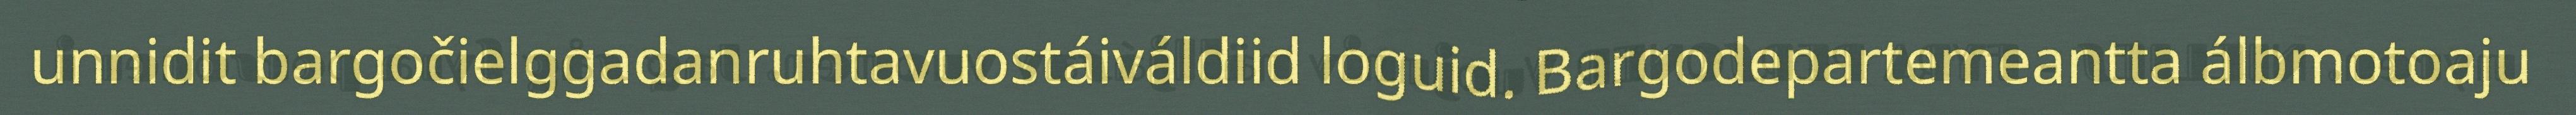
unnidit bargočielggadanruhtavuostáiváldiid loguid. Bargodepartemeantta álbmotoaju